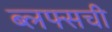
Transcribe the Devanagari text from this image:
ब्लफ्सची